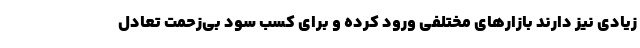
زیادی نیز دارند بازارهای مختلفی ورود کرده و برای کسب سود بی‌زحمت تعادل